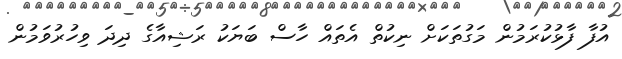
އުފާ ފާޅުކުރަމުން މަގުތަކަށް ނިކުތް އެތައް ހާސް ބަޔަކު ރަޝިއާގެ ދިދަ ވިހުރުވަމުން